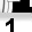
Digit: 1